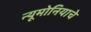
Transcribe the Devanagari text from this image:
न्यूमोनियाचे